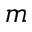
m